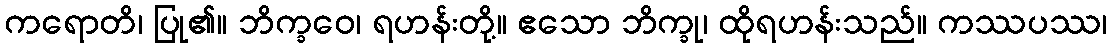
ကရောတိ၊ ပြု၏။ ဘိက္ခဝေ၊ ရဟန်းတို့။ ဧသော ဘိက္ခု၊ ထိုရဟန်းသည်။ ကဿပဿ၊